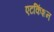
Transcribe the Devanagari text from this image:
एटकिंशन